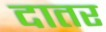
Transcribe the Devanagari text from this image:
दातर